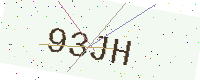
Text: 93JH